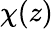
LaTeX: \chi(z)